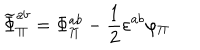
\widetilde { \Phi } _ { \Pi } ^ { a b } = \Phi _ { \Pi } ^ { a b } - \frac { 1 } { 2 } \varepsilon ^ { a b } \varphi _ { \Pi }